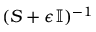
( S + \epsilon \mathbb { I } ) ^ { - 1 }